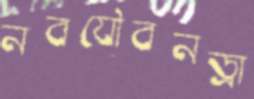
নবযৌবনড্রা